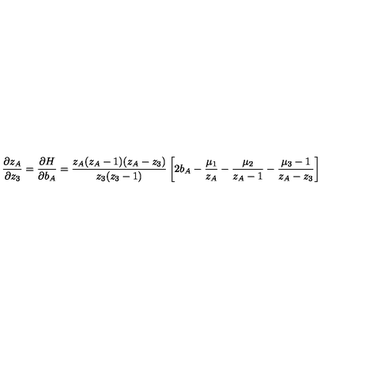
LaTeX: \frac { \partial z _ { A } } { \partial z _ { 3 } } = \frac { \partial H } { \partial b _ { A } } = \frac { z _ { A } ( z _ { A } - 1 ) ( z _ { A } - z _ { 3 } ) } { z _ { 3 } ( z _ { 3 } - 1 ) } \left[ 2 b _ { A } - \frac { \mu _ { 1 } } { z _ { A } } - \frac { \mu _ { 2 } } { z _ { A } - 1 } - \frac { \mu _ { 3 } - 1 } { z _ { A } - z _ { 3 } } \right]